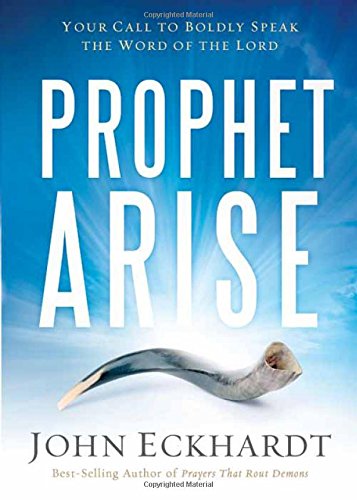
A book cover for Prophet, Arise: Your Call to Boldly Speak the Word of the Lord; John Eckhardt; Christian Books & Bibles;